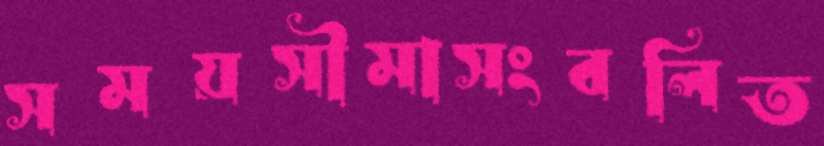
সময়সীমাসংবলিত